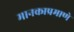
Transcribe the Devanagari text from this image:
मानकाप्रमाणे